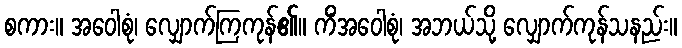
စကား။ အဝေါစုံ၊ လျှောက်ကြကုန်၏။ ကိံအဝေါစုံ၊ အဘယ်သို့ လျှောက်ကုန်သနည်း။